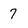
Character: 7